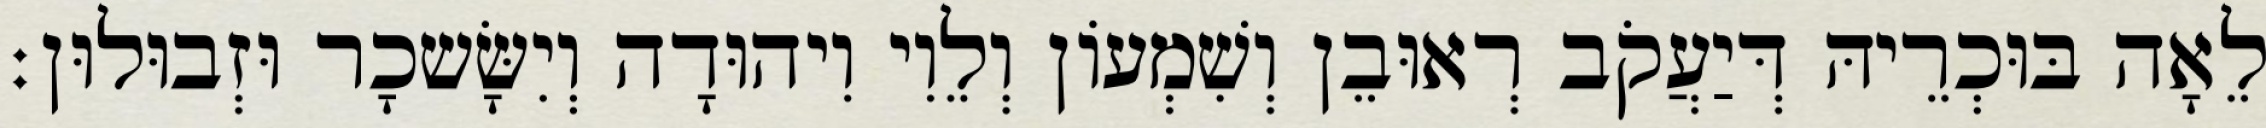
לֵאָה בּוּכְרֵיהּ דְּיַעֲקֹב רְאוּבֵן וְשִׁמְעוֹן וְלֵוִי וִיהוּדָה וְיִשָּׂשכָר וּזְבוּלוּן׃